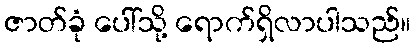
ဇာတ်ခုံ ပေါ်သို့ ရောက်ရှိလာပါသည်။